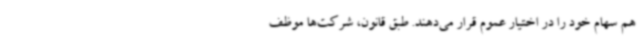
هم سهام خود را در اختیار عموم قرار می‌دهند. طبق قانون، شرکت‌ها موظف